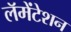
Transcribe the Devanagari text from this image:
लॅमेंटेशन